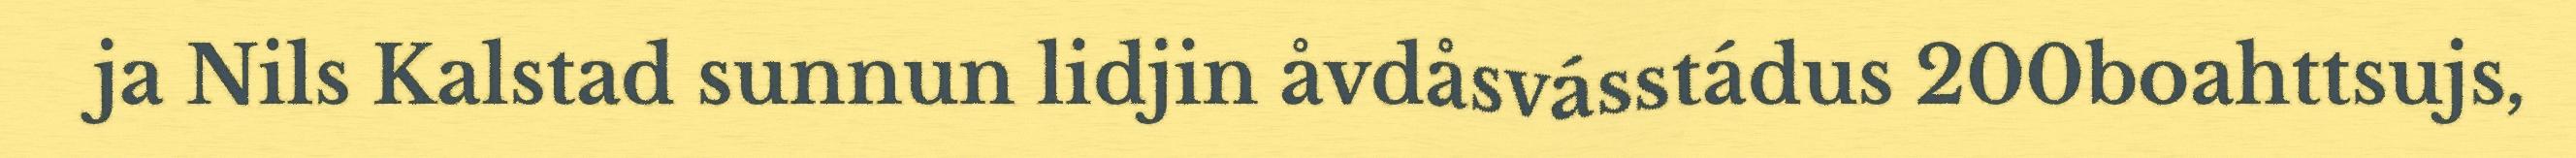
ja Nils Kalstad sunnun lidjin åvdåsvásstádus 200boahttsujs,